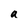
Character: a